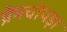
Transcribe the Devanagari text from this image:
प्रेमचोपड़ा